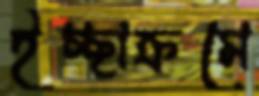
ইচ্ছাক্রমে